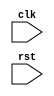
module TimingControlAndSynchronization (
    input wire clk,
    input wire rst,
    // Add any other necessary input ports here

    // Add any necessary output ports here
);

// Add your Verilog code here

endmodule